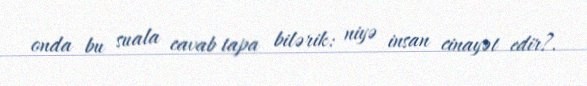
onda bu suala cavab tapa bilərik: niyə insan cinayət edir?.